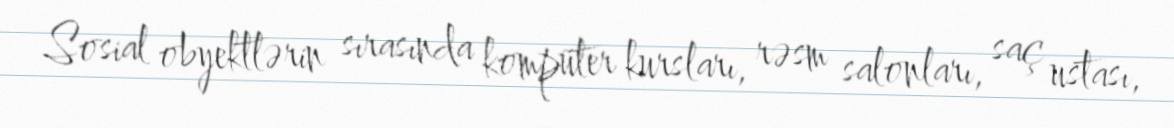
Sosial obyektlərin sırasında kompüter kursları, rəsm salonları, saç ustası,